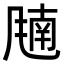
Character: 𬲁